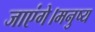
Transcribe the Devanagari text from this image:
जाएंगे।मनुष्य